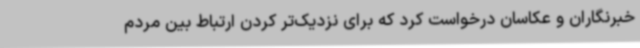
خبرنگاران و عکاسان درخواست کرد که برای نزدیک‌تر کردن ارتباط بین مردم